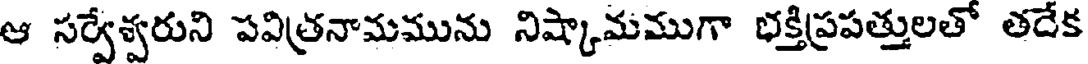
ఆ సర్వేశ్వరుని పవిత్రనామమును నిష్కామముగా భక్తిప్రపత్తులతో తదేక